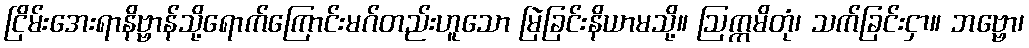
ငြိမ်းအေးရာနိဗ္ဗာန်သို့ရောက်ကြောင်းမဂ်တည်းဟူသော မြဲခြင်းနိယာမသို့။ ဩက္ကမိတုံ၊ သက်ခြင်းငှာ။ ဘဗ္ဗော၊